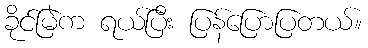
ခိုင်မြဲက ရယ်ပြီး ပြန်ပြောပြတယ်။